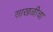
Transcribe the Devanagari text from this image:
साखळीचा